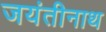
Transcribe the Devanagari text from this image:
जयंतीनाथ